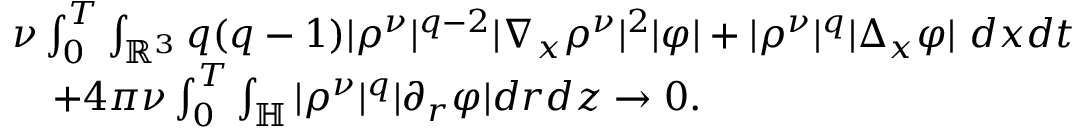
\begin{array} { r l } & { \nu \int _ { 0 } ^ { T } \int _ { \mathbb { R } ^ { 3 } } q ( q - 1 ) | \rho ^ { \nu } | ^ { q - 2 } | \nabla _ { x } \rho ^ { \nu } | ^ { 2 } | \varphi | + | \rho ^ { \nu } | ^ { q } | \Delta _ { x } \varphi | ~ d x d t } \\ & { \quad + 4 \pi \nu \int _ { 0 } ^ { T } \int _ { \mathbb { H } } | \rho ^ { \nu } | ^ { q } | \partial _ { r } \varphi | d r d z \to 0 . } \end{array}